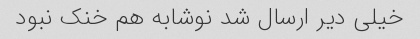
خیلی دیر ارسال شد نوشابه هم خنک نبود